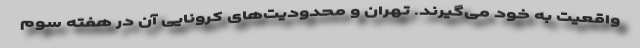
واقعیت به خود می‌گیرند. تهران و محدودیت‌های کرونایی آن در هفته سوم